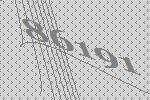
86191